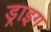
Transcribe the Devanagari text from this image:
ड्राइग